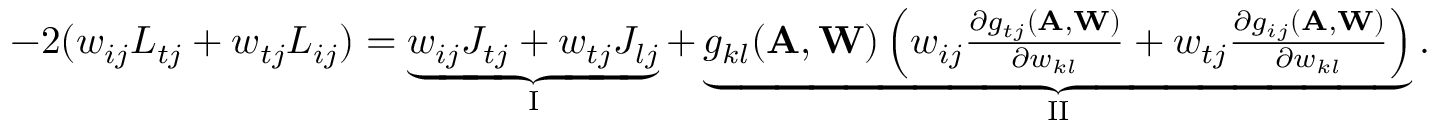
\begin{array} { r } { - 2 ( w _ { i j } L _ { t j } + w _ { t j } L _ { i j } ) = \underbrace { w _ { i j } J _ { t j } + w _ { t j } J _ { l j } } _ { \mathrm { I } } + \underbrace { g _ { k l } ( \mathbf A , \mathbf W ) \left( w _ { i j } \frac { \partial g _ { t j } ( \mathbf A , \mathbf W ) } { \partial w _ { k l } } + w _ { t j } \frac { \partial g _ { i j } ( \mathbf A , \mathbf W ) } { \partial w _ { k l } } \right) } _ { \mathrm { I I } } . } \end{array}